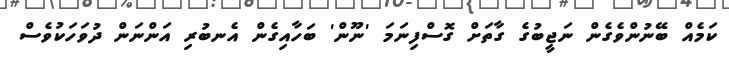
ކަމެއް ބޭނުންވެގެން ނަޖީބުގެ ގާތަށް ގޮސްފިނަމަ 'ނޫން' ބަހާއިގެން އެނބުރި އަންނަން ދުވަހަކުވެސް